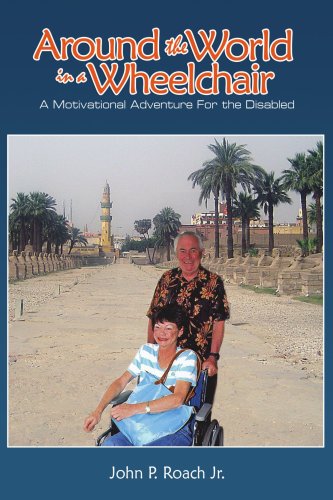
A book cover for Around the World In A Wheel Chair: A Motivational Adventure For the Disabled; John P. Roach; Travel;